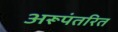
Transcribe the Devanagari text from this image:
अरूपंतरित